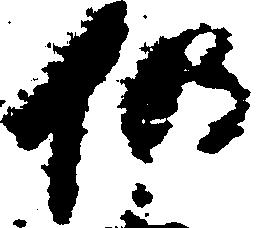
仍